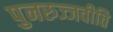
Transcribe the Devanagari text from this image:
पुनरुज्जवीति